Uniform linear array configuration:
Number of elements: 64
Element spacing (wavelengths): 0.25
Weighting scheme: exponential
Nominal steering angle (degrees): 60
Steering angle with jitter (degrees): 58.279
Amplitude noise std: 0.05
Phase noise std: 0.05

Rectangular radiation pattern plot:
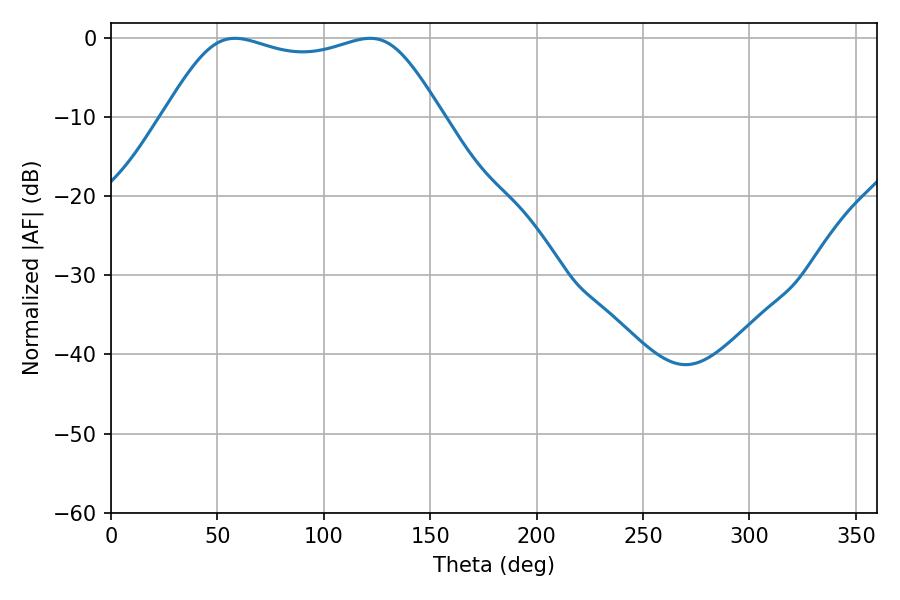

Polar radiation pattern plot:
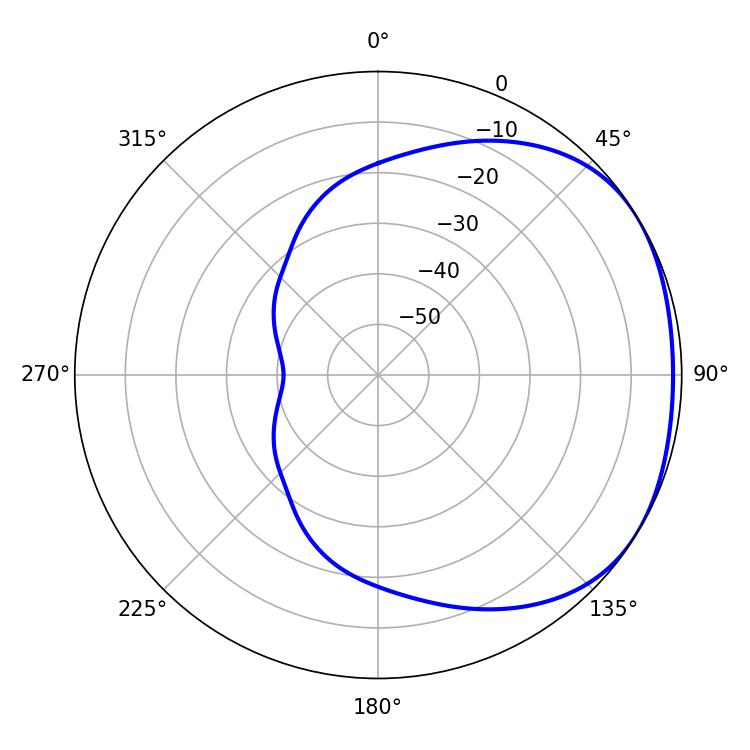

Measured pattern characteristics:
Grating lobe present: FALSE
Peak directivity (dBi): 1.735
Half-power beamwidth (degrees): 99.72
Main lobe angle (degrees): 121.68